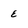
Character: e